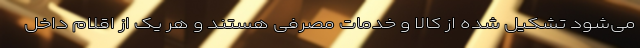
می‌شود تشکیل شده از کالا و خدمات مصرفی هستند و هر یک از اقلام داخل